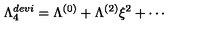
\Lambda _ { 4 } ^ { d e v i } = \Lambda ^ { ( 0 ) } + \Lambda ^ { ( 2 ) } \xi ^ { 2 } + \cdots